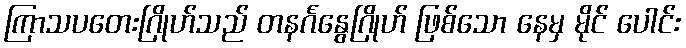
ကြာသပတေးဂြိုဟ်သည် တနင်္ဂနွေဂြိုဟ် ဖြစ်သော နေမှ မိုင် ပေါင်း